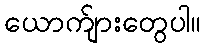
ယောက်ျားတွေပါ။